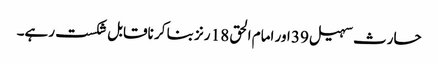
حارث سہیل 39 اور امام الحق 18 رنز بنا کر ناقابل شکست رہے۔